Medical and sanitary report of the native army of Madras for the year
Year: 1872
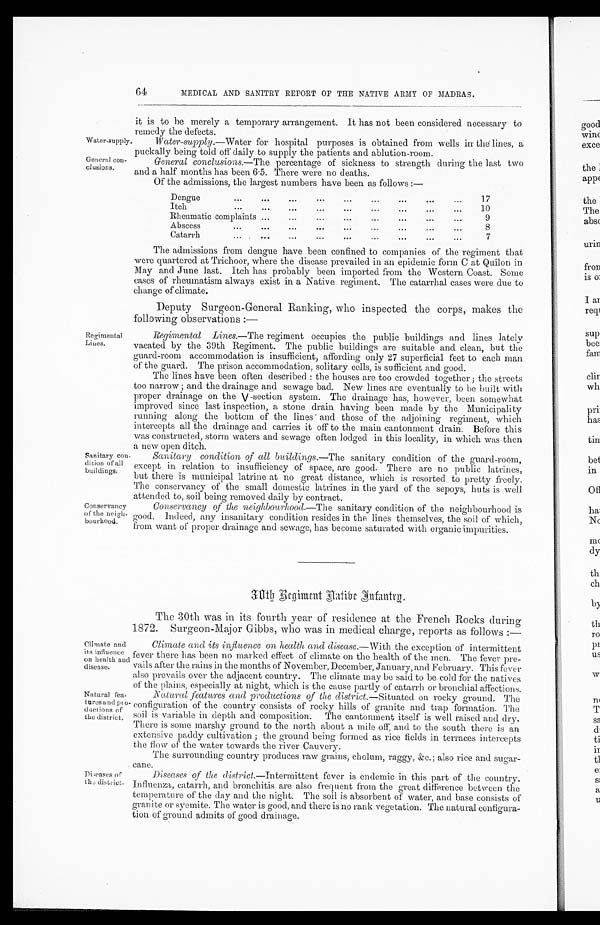
General conclusions.—The percentage of' sickness to strength during the last two
and a half months has been 6 .5. There were no deaths.
Of' the admissions, the largest numbers have been as follows :—
General con-
clusions.
it is to he merely a temporary arrangement. It has not been considered necessary to
remedy the defects.
Water-supply. Water-supply .—Water for hospital purposes is obtained from wells in the lines, a
puckally being told off' daily to supply the patients and ablution-room.
Sanitary condition of all buildings.—The sanitary condition of the guard-room,
except in relation to insufficiency of space, are good. There are no public latrines,
but there is municipal latrine at no great distance, which is resorted to pretty freely.
The conservancy of the small domestic latrines in the yard of the sepoys, huts is well
attended to, soil being removed daily by contract.
_
Conservancy of the neighbourhood.—The sanitary condition of the neighbourhood is
good. Indeed, any insanitary condition resides in the lines themselves,
eaves, the soil of which,
from want of proper drainage and sewage, has become saturated with organic impurities.
Disease of the district.—Intermittent fever is endemic in this part of the country.
Influenza, catarrh, and bronchitis are also frequent from the great differences between the
temperature of the day and the night. The soil is absorbent of water, and base consists of
granite or syemite. The water is good, and there is no rank vegetation. The natural configura-
tion of ground admits of good drainage.
Diseases of
district.
Climate and its influence on health and disease.—With the exception of intermittent
fever there has been no marked effect of climate on the health of the men. The fever pre-
vails after the rains in the months of November, December, January, and February. This fever
also prevails over the adjacent country. The climate may be said to be cold for the natives
of the plains, especially at night, which is the cause partly of catarrh or bronchial affections.
Natural fea-
tures and pro
ductions of
the district.
Climate and
its influence
on health and
disease.
Nattural features and productions of the di strict .—Situated on rocky ground. The
configuration of the country consists of rocky hills of granite and trap formation. The
soil is variable in depth and composition. The cantonment itself is well raised and dry.
There is some marshy ground to the north about a mile off, and to the south there is an
extensive paddy cultivation ; the ground being formed as rice fields in terraces intercepts
the flow or the water towards the river Cauvery.
The surrounding country produces raw grains, cholum, raggy, &c.; also rice and sugar-
cane.
Dengue
17
Itch
10
Rheumatic complaints
9
Abscess
8
Catarrh
7
The admissions from dengue have been confined to companies of the regiment that
were quartered at Trichoor, where the disease prevailed in an epidemic form C at Quilon in
May and June last. Itch has probably been imported from the Western Coast. Some
cases of rheumatism always exist in a Native regiment. The catarrhal cases were due to
change of climate.
Deputy Surgeon-General Ranking, who inspected the corps, makes the
following observations :—
Regimental Lines.—The regiment occupies the public buildings and lines lately
vacated by the 39th Regiment. The public buildings are suitable and clean, but the
guard-room accommodation is insufficient, affording only 27 superficial feet to each man
of the guard. The prison accommodation, solitary cells, is sufficient and good.
The lines have been often described : the houses are too crowded together ; the streets
too narrow ; and the drainage and sewage bad. New lines are eventually to be built with
proper drainage on the V -section system. The drainage has, however, been somewhat
improved since last inspection, a stone drain having been made by the Municipality
running along the bottom of the lines and those of the adjoining regiment, which
intercepts all the drainage and carries it off to the main cantonment drain. Before this
was constructed, storm waters and sewage often lodged in this locality, in which was then
a new open ditch.
Sanitary con.
dition of all
buildings.
Conservancy
of the neigh-
bourhood.
30th Regiment Native Infantry
The 30th was in its fourth year of residence at the French Rocks during
1872. Surgeon-Major Gibbs, who was in medical charge, reports as follows :—
Regimental
Lines.